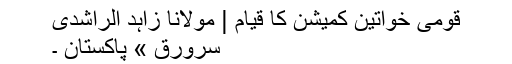
قومی خواتین کمیشن کا قیام | مولانا زاہد الراشدی
سرورق » پاکستان ۔